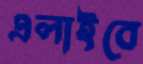
এলাইবে